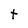
Character: t